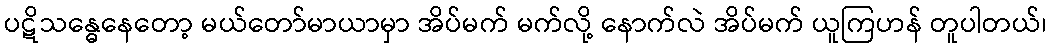
ပဋိသန္ဓေနေတော့ မယ်တော်မာယာမှာ အိပ်မက် မက်လို့ နောက်လဲ အိပ်မက် ယူကြဟန် တူပါတယ်၊